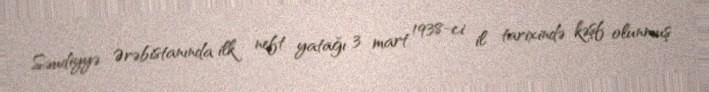
Səudiyyə Ərəbistanında ilk neft yatağı 3 mart 1938-ci il tarixində kəşf olunmuş